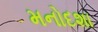
મનોદશા